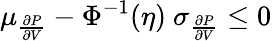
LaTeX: \mu_{\frac{\partial P}{\partial V}}-\Phi^{-1}(\eta)\ \sigma_{\frac{\partial P}{\partial V}}\leq 0